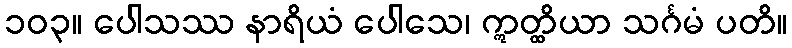
၁၀၃။ ပေါသဿ နာရိယံ ပေါသေ၊ ဣတ္ထိယာ သင်္ဂမံ ပတိ။